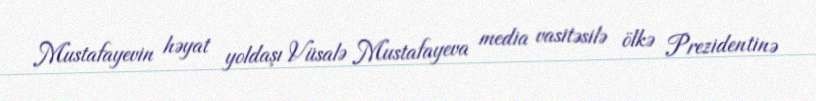
Mustafayevin həyat yoldaşı Vüsalə Mustafayeva media vasitəsilə ölkə Prezidentinə